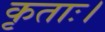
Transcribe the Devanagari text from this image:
कृताः।